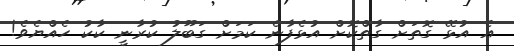
އެ އުޅޭ ގޮތަށް ގާތްކޮށް އުޅެފާނެ ކަމަށް ގަބޫލު ކުރާނީ ކާކު ހެއްޔެވެ!